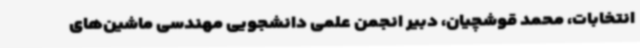
انتخابات، محمد قوشچیان، دبیر انجمن علمی دانشجویی مهندسی ماشین‌های